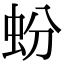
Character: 蚡